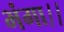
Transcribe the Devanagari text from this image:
भंगा।।